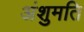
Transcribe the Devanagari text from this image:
अंशुमति